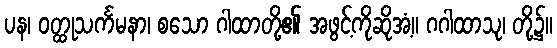
ပန၊ ဝတ္ထုသင်္ကမနာ၊ စသော ဂါထာတို့၏ အဖွင့်ကိုဆိုအံ့။ ဂဂါထာသု၊ တို့၌။